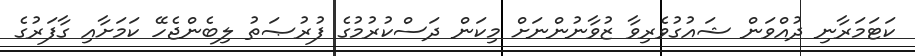
ކަޓަމަރާނި ދުއްވަން ޝައުގުވެރިވާ ޒުވާނުންނަށް މިކަން ދަސްކުރުމުގެ ފުރުޞަތު ލިބެންޖެހޭ ކަމަށާއި ގާފަރުގެ